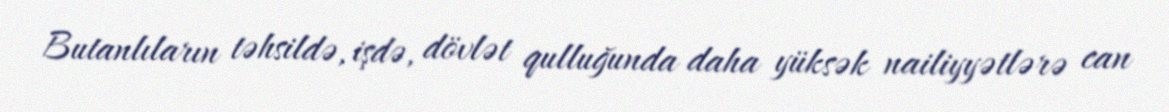
Butanlıların təhsildə, işdə, dövlət qulluğunda daha yüksək nailiyyətlərə can